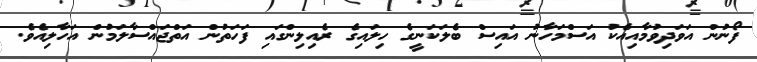
ފޯނުން އަވަދިވުމާއިއެކު އަސްމަހާނު އައިސް ބެލަކަނީގެ ހިލައިގެ ރެއިލިންގައި ފަހަތުން އަތްޖައްސާލަމުން އަހާލިއެވެ.